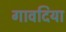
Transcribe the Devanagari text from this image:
गावदिया